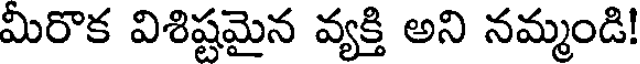
మీరొక విశిష్టమైన వ్యక్తి అని నమ్మండి!